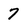
Character: 7